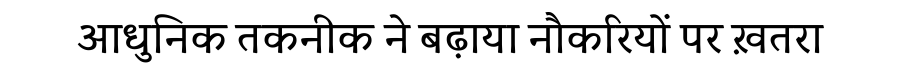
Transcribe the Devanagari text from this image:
आधुनिक तकनीक ने बढ़ाया नौकरियों पर ख़तरा